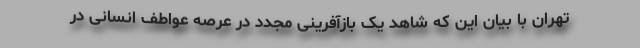
تهران با بیان این که شاهد یک بازآفرینی مجدد در عرصه عواطف انسانی در